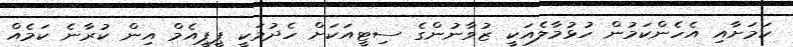
ކަމަށާއި އެހެންކަމުން ހުޅުމާލެއަކީ ޒުވާނުންގެ ސިޓީއަކަށް ހެދުމަކީ ޕީޕީއެމް އިން ކުރާނެ ކަމެއް